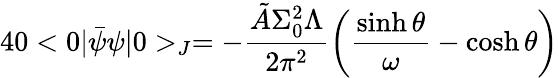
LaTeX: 40<0\vert\bar{\psi}\psi\vert 0>_{J}=-\frac{\tilde{A}\Sigma_{0}^{2}\Lambda}{2\pi^{2}}\left(\frac{\sinh\theta}{\omega}-\cosh\theta\right)